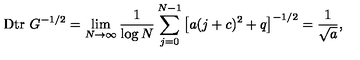
\mathrm { D t r } \ G ^ { - 1 / 2 } = \lim _ { N \rightarrow \infty } \frac { 1 } { \log N } \sum _ { j = 0 } ^ { N - 1 } \left[ a ( j + c ) ^ { 2 } + q \right] ^ { - 1 / 2 } = \frac { 1 } { \sqrt { a } } ,